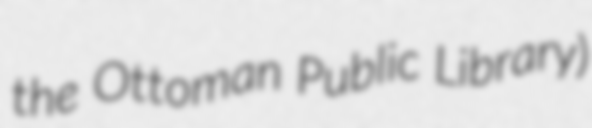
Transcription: the Ottoman Public Library)